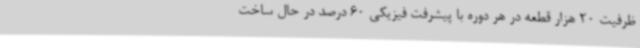
ظرفیت 20 هزار قطعه در هر دوره با پیشرفت فیزیکی 60 درصد در حال ساخت